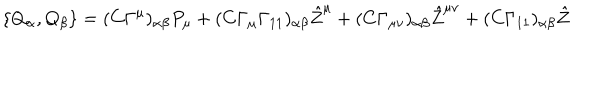
\{ Q _ { \alpha } , Q _ { \beta } \} = ( C \Gamma ^ { \mu } ) _ { \alpha \beta } P _ { \mu } + ( C \Gamma _ { \mu } \Gamma _ { 1 1 } ) _ { \alpha \beta } { \hat { Z } } ^ { \mu } + ( C \Gamma _ { \mu \nu } ) _ { \alpha \beta } { \hat { Z } } ^ { \mu \nu } + ( C \Gamma _ { 1 1 } ) _ { \alpha \beta } { \hat { Z } } \quad